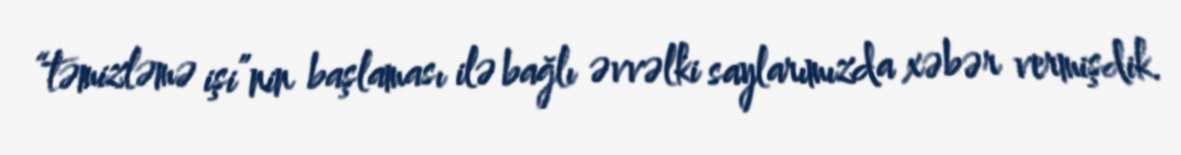
“təmizləmə işi”nin başlaması ilə bağlı əvvəlki saylarımızda xəbər vermişdik.